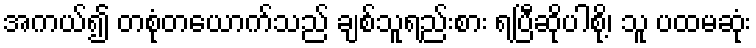
အကယ်၍ တစုံတယောက်သည် ချစ်သူရည်းစား ရပြီဆိုပါစို့၊ သူ ပထမဆုံး